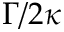
\Gamma / 2 \kappa